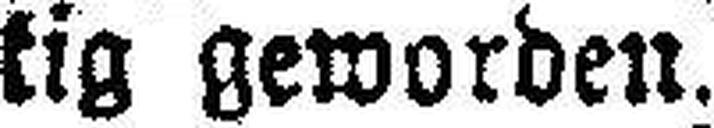
tig geworden.